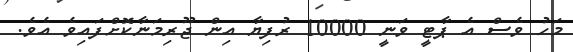
މަހު ވެސް އެ ޕާޓީ ވަނީ 10000 ރުފިޔާ އިން ޖޫރިމަނާކޮށްފައިވެ އެވެ.